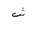
Letter: _shin